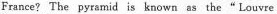
France?The pyramid is known as the " Louvre